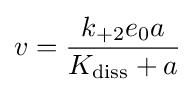
v={\frac {k_{+2}e_{0}a}{K_{\mathrm {diss} }+a}}